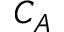
C _ { A }